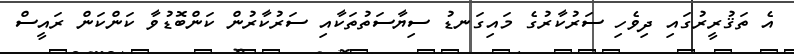
އެ ތަޤުރީރުގައި ދިވެހި ސަރުކާރުގެ މައިގަނޑު ސިޔާސަތުތަކާއި ސަރުކާރުން ކަންބޮޑުވާ ކަންކަން ރައީސް